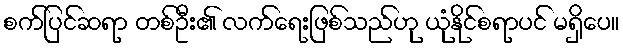
စက်ပြင်ဆရာ တစ်ဦး၏ လက်ရေးဖြစ်သည်ဟု ယုံနိုင်စရာပင် မရှိပေ။